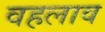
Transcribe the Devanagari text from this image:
वहलाव